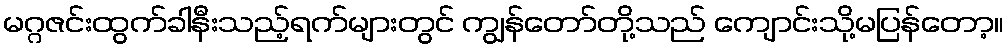
မဂ္ဂဇင်းထွက်ခါနီးသည့်ရက်များတွင် ကျွန်တော်တို့သည် ကျောင်းသို့မပြန်တော့။